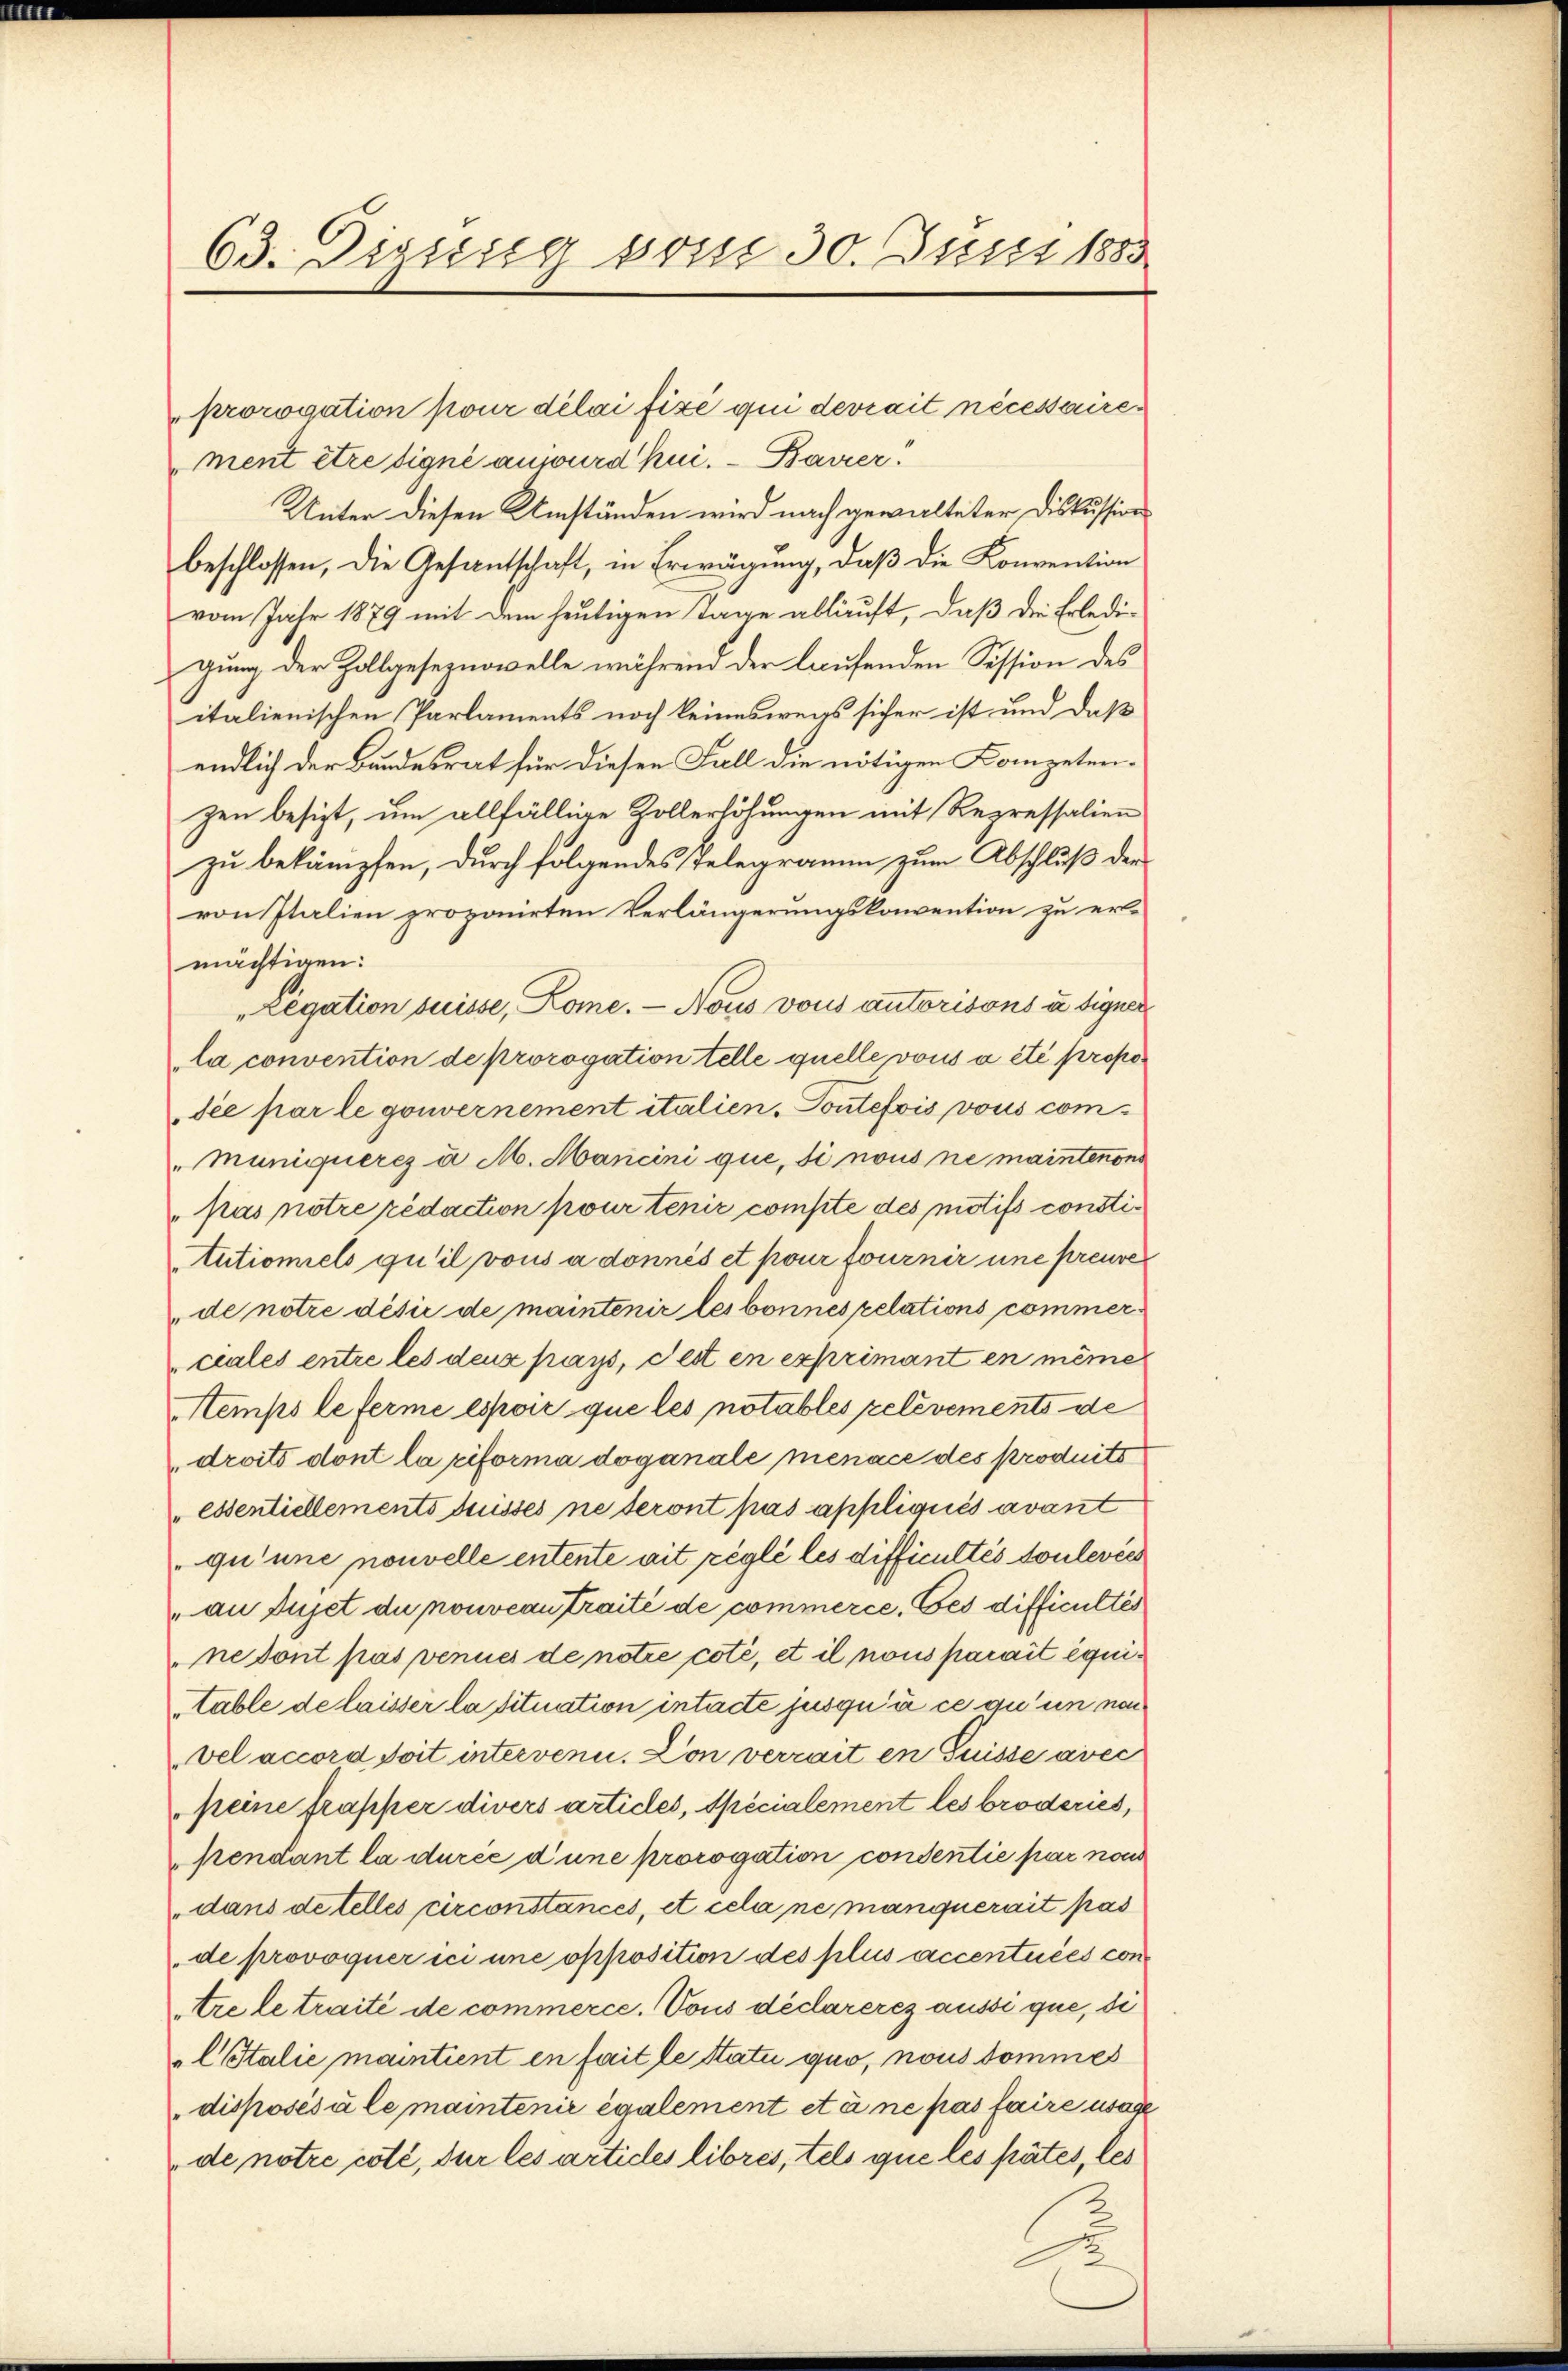
63. Dissesse vom 30. Juni 1883

ment être signé anwurd hui. - Baurer.
Unter diesen Umständen wird nach gewalteter Diskussion
beschlossen, die Gesantschaft, in Erwägung, daβ die Convention
vom Jahr 1879 mit dem heutigen Tage ablauft, daß die Erledi-
gung der Zollgeseznovelle während der laufenden Session des
italienischen Parlaments noch keineswegs sicher ist und daß
endlich der Bundesrat für diesen Fall die nötigen Kompetenzen besizt, um allfällige Zollerhöhungen mit Repressalien
zu bekämpfen, durch folgendes Telegramm zum Abschluß der
von Italien proponirten Verlängerungskonvention zu er-
mächtigen:
"Legation suisse, Kome. — Nous vons autorisons à signer
la convention de prorogation telle quelle vous a été propodée par le gouvernement italien, Soutefois vous communiqueres a M. Mancini que, si nous ne maintenon
" pas notre redaction pour tenir compte des motifs constitutioniels qu’il vous a donnés et pour fournir une preuve
de notre désić de maintenir les bonnes relations commerciales entre les deux pays, dest en exprimant en même
Stemps le ferme espoir que les notables prélèvements de
droits dont la riforma doganale menace des produits
essentiellements duisses ne seront pas appliqués avant
qu’une nouvelle entente ait réglé les difficultés soulevées
au Dujet die nouveau traité de commerce. Ces difficultés
ne sont pas venues de notie coté, et il nous parait équitable de laisser la situation intacte jusqu’à ce qu’un von
vel accord soit intervenn. Don verrait en Suisse avec
peine frapper divers articles, spécialement les broderies,
pendant la durée d’une prorogation consentie par non
dans de telles circonstances, et cela ne manquerait pas
de provoquer ici une opposition des plus accentuées contre le traité de commerce. Vons déclareres aussi que, di
CItalie maintient en fait le Statu quo, nous dommes
disposésäle maintenie également et à ne pas faire usage
de notre coll, der les articles libres, tels que lés pates, les

prorogation pour délai fixé qui devrait nécessaire¬